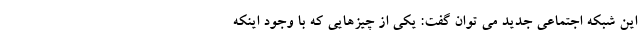
این شبکه اجتماعی جدید می توان گفت: یکی از چیزهایی که با وجود اینکه